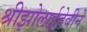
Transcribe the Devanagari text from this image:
श्रीझोलाईदेवीने